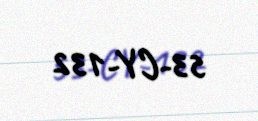
53-CY-132